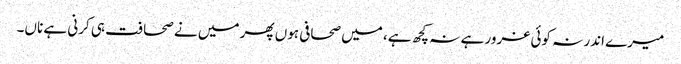
میرے اندر نہ کوئی غرور ہے نہ کچھ ہے، میں صحافی ہوں پھر میں نے صحافت ہی کرنی ہے ناں۔